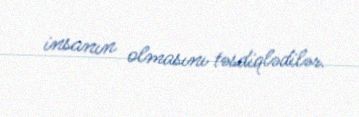
insanın olmasını təsdiqlədilər.